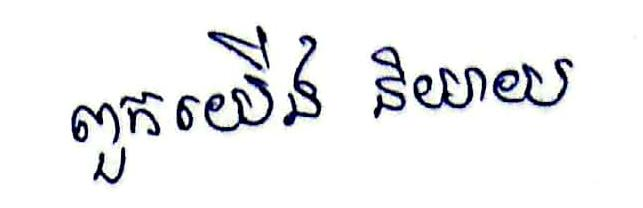
ពួកយើង និយាយ